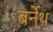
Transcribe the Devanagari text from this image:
बर्नेथ